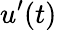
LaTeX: u^{\prime}(t)